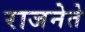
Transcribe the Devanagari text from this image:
राजनेते